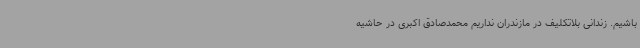
باشیم. زندانی بلاتکلیف در مازندران نداریم محمدصادق اکبری در حاشیه